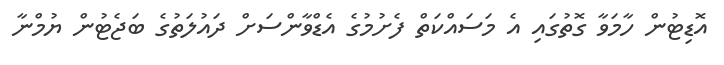
އޮޑިޓުން ހާމަވާ ގޮތުގައި އެ މަސައްކަތް ފެށުމުގެ އެޑްވާންސަށް ދައުލަތުގެ ބަޖެޓުން ޔުމްނާ